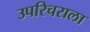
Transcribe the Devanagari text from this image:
उपरिचराला